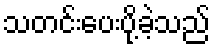
သတင်းပေးပို့ခဲ့သည်